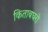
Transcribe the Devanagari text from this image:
किताबघरो